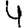
Digit: 4